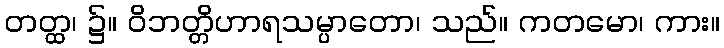
တတ္ထ၊ ၌။ ဝိဘတ္တိဟာရသမ္ပာတော၊ သည်။ ကတမော၊ ကား။